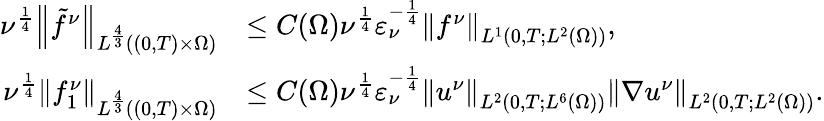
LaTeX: \begin{array}{rl}{\nu^{\frac 14}\left\lVert\tilde{f}^{\nu}\right\rVert_{L^{\frac 43}((0,T)\times\Omega)}}&{\le C(\Omega)\nu^{\frac 14}\varepsilon_{\nu}^{-\frac 14}\left\lVert f^{\nu}\right\rVert_{L^{1}(0,T;L^{2}(\Omega))},}\\ {\nu^{\frac 14}\left\lVert f_{1}^{\nu}\right\rVert_{L^{\frac 43}((0,T)\times\Omega)}}&{\le C(\Omega)\nu^{\frac 14}\varepsilon_{\nu}^{-\frac 14}\left\lVert u^{\nu}\right\rVert_{L^{2}(0,T;L^{6}(\Omega))}\left\lVert\nabla u^{\nu}\right\rVert_{L^{2}(0,T;L^{2}(\Omega))}.}\end{array}